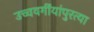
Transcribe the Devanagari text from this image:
उच्चवर्गीयांपुरत्या